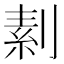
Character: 𠞓